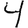
Digit: 4